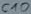
Text: C10